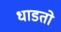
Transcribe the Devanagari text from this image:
धाडतो